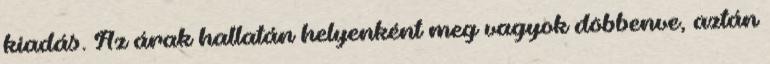
kiadás. Az árak hallatán helyenként meg vagyok döbbenve, aztán